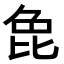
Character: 𭯍